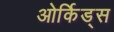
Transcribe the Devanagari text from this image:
ओर्किड्स